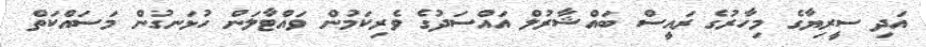
އަދި ސީރިޔާގެ މިހާރުގެ ރައީސް ބައްޝާރުލް އައްސަދުގެ ވެރިކަމުން ވައްޓާލަން ހުޅަނގުން މަސައްކަތް